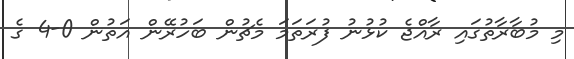
މި މުބާރާތުގައި ރާއްޖެ ކުޅުނު ފުރަތަމަ މެޗުން ބަހުރޭން އަތުން 0-4 ގެ